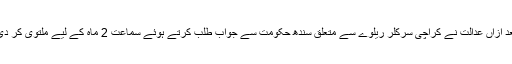
بعد ازاں عدالت نے کراچی سرکلر ریلوے سے متعلق سندھ حکومت سے جواب طلب کرتے ہوئے سماعت 2 ماہ کے لیے ملتوی کر دی۔